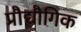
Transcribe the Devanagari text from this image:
प्रौद्यौगिक